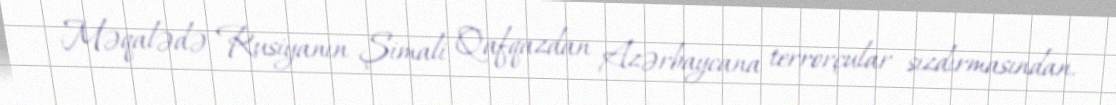
Məqalədə Rusiyanın Şimali Qafqazdan Azərbaycana terrorçular sızdırmasından,